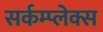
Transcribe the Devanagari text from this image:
सर्कम्प्लेक्स